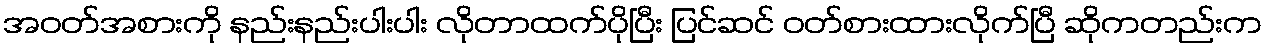
အဝတ်အစားကို နည်းနည်းပါးပါး လိုတာထက်ပိုပြီး ပြင်ဆင် ဝတ်စားထားလိုက်ပြီ ဆိုကတည်းက